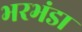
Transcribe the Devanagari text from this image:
भरभंडा